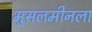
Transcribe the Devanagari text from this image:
मुसलमीनला